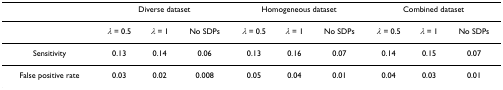
<table><thead><tr><td></td><td colspan="3"><b>Diverse dataset</b></td><td colspan="3"><b>Homogeneous dataset</b></td><td colspan="3"><b>Combined dataset</b></td></tr></thead><tbody><tr><td></td><td><i>λ </i>= 0.5</td><td><i>λ </i>= 1</td><td>No SDPs</td><td><i>λ </i>= 0.5</td><td><i>λ </i>= 1</td><td>No SDPs</td><td><i>λ </i>= 0.5</td><td><i>λ </i>= 1</td><td>No SDPs</td></tr><tr><td>Sensitivity</td><td>0.13</td><td>0.14</td><td>0.06</td><td>0.13</td><td>0.16</td><td>0.07</td><td>0.14</td><td>0.15</td><td>0.07</td></tr><tr><td>False positive rate</td><td>0.03</td><td>0.02</td><td>0.008</td><td>0.05</td><td>0.04</td><td>0.01</td><td>0.04</td><td>0.03</td><td>0.01</td></tr></tbody></table>